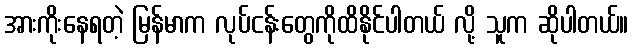
အားကိုးနေရတဲ့ မြန်မာက လုပ်ငန်းတွေကိုထိနိုင်ပါတယ် လို့ သူက ဆိုပါတယ်။